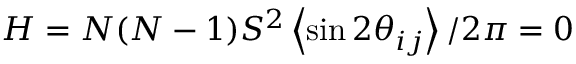
H = N ( N - 1 ) S ^ { 2 } \left< \sin { 2 \theta _ { i j } } \right> / 2 \pi = 0